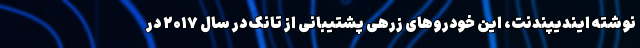
نوشته ایندیپندنت، این خودروهای زرهی پشتیبانی از تانک در سال ۲۰۱۷ در